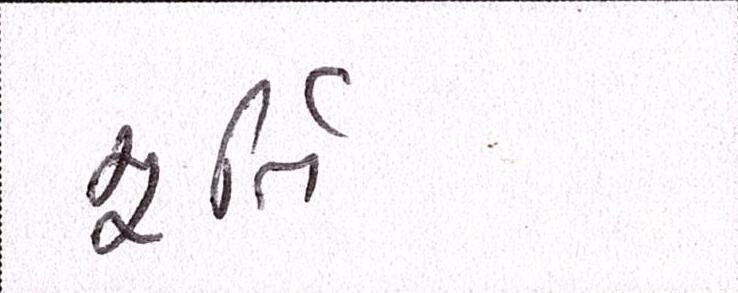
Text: મૂતિર્